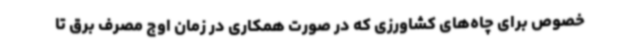
خصوص برای چاه‌های کشاورزی که در صورت همکاری در زمان اوج مصرف برق تا